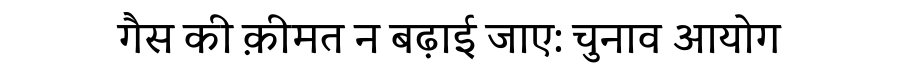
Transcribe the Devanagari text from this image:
गैस की क़ीमत न बढ़ाई जाए: चुनाव आयोग